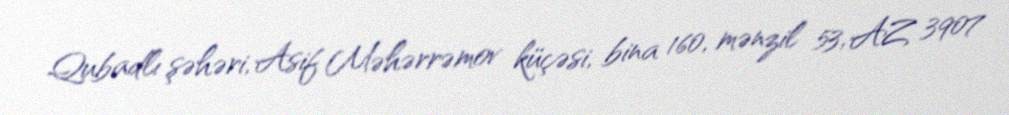
Qubadlı şəhəri, Asif Məhərrəmov küçəsi, bina 160, mənzil 53, AZ 3907